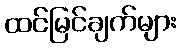
ထင်မြင်ချက်များ